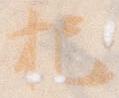
把